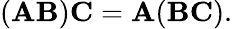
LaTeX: (\mathbf{AB})\mathbf{C}=\mathbf{A}(\mathbf{BC}).